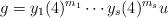
LaTeX: \begin{align*}g=y_1(4)^{m_1}\cdots y_s(4)^{m_s}u\end{align*}